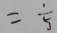
= \frac { 1 } { 5 }